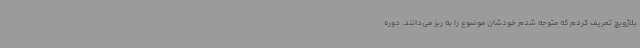
بلاژویچ تعریف کردم که متوجه شدم خودشان موضوع را به ریز می‌دانند. دوره